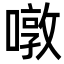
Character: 噋